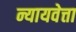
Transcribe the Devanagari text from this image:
न्यायवेत्ता